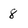
Character: 8